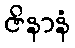
ဇိနာနံ